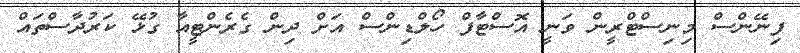
ފިނޭންސް މިނިސްޓްރީން ވަނީ އޮސްޓާފް ހޯލްޑިންސް އަށް ދިން ގެރެންޓީއާ ގުޅޭ ކަރުދާސްތައް